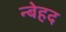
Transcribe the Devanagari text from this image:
न्बेहद